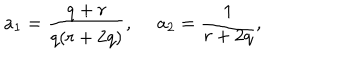
a _ { 1 } = \frac { q + r } { q ( r + 2 q ) } , ~ ~ a _ { 2 } = \frac { 1 } { r + 2 q } ,